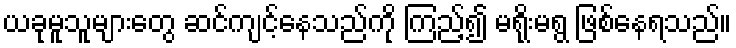
ယခုမူသူများတွေ ဆင်ကျင့်နေသည်ကို ကြည့်၍ မရိုးမရွ ဖြစ်နေရသည်။